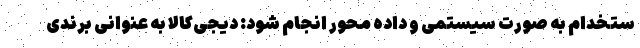
ستخدام به صورت سیستمی و داده محور انجام شود: دیجی‌کالا به عنوانی برندی